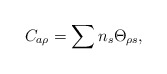
\begin{align*}C_{a\rho} = \sum n_{s} \Theta_{\rho s},\end{align*}